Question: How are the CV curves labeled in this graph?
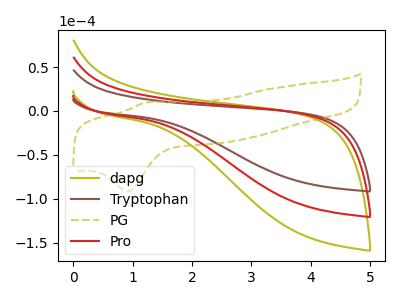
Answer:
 <answer>The olive curve is labeled "dapg". The brown curve is labeled "Tryptophan". The olive dashed curve is labeled "PG". The red curve is labeled "Pro".</answer>
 <eval></eval>